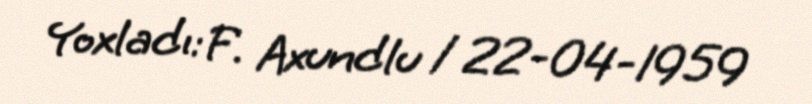
Yoxladı: F. Axundlu / 22-04-1959